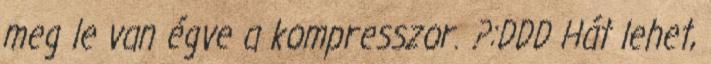
meg le van égve a kompresszor. ?:DDD Hát lehet,